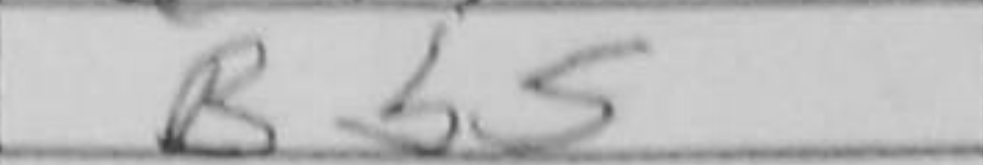
Transcription: Bb5